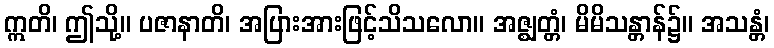
ဣတိ၊ ဤသို့။ ပဇာနာတိ၊ အပြားအားဖြင့်သိသလော။ အဇ္ဈတ္တံ၊ မိမိသန္တာန်၌။ အသန္တံ၊